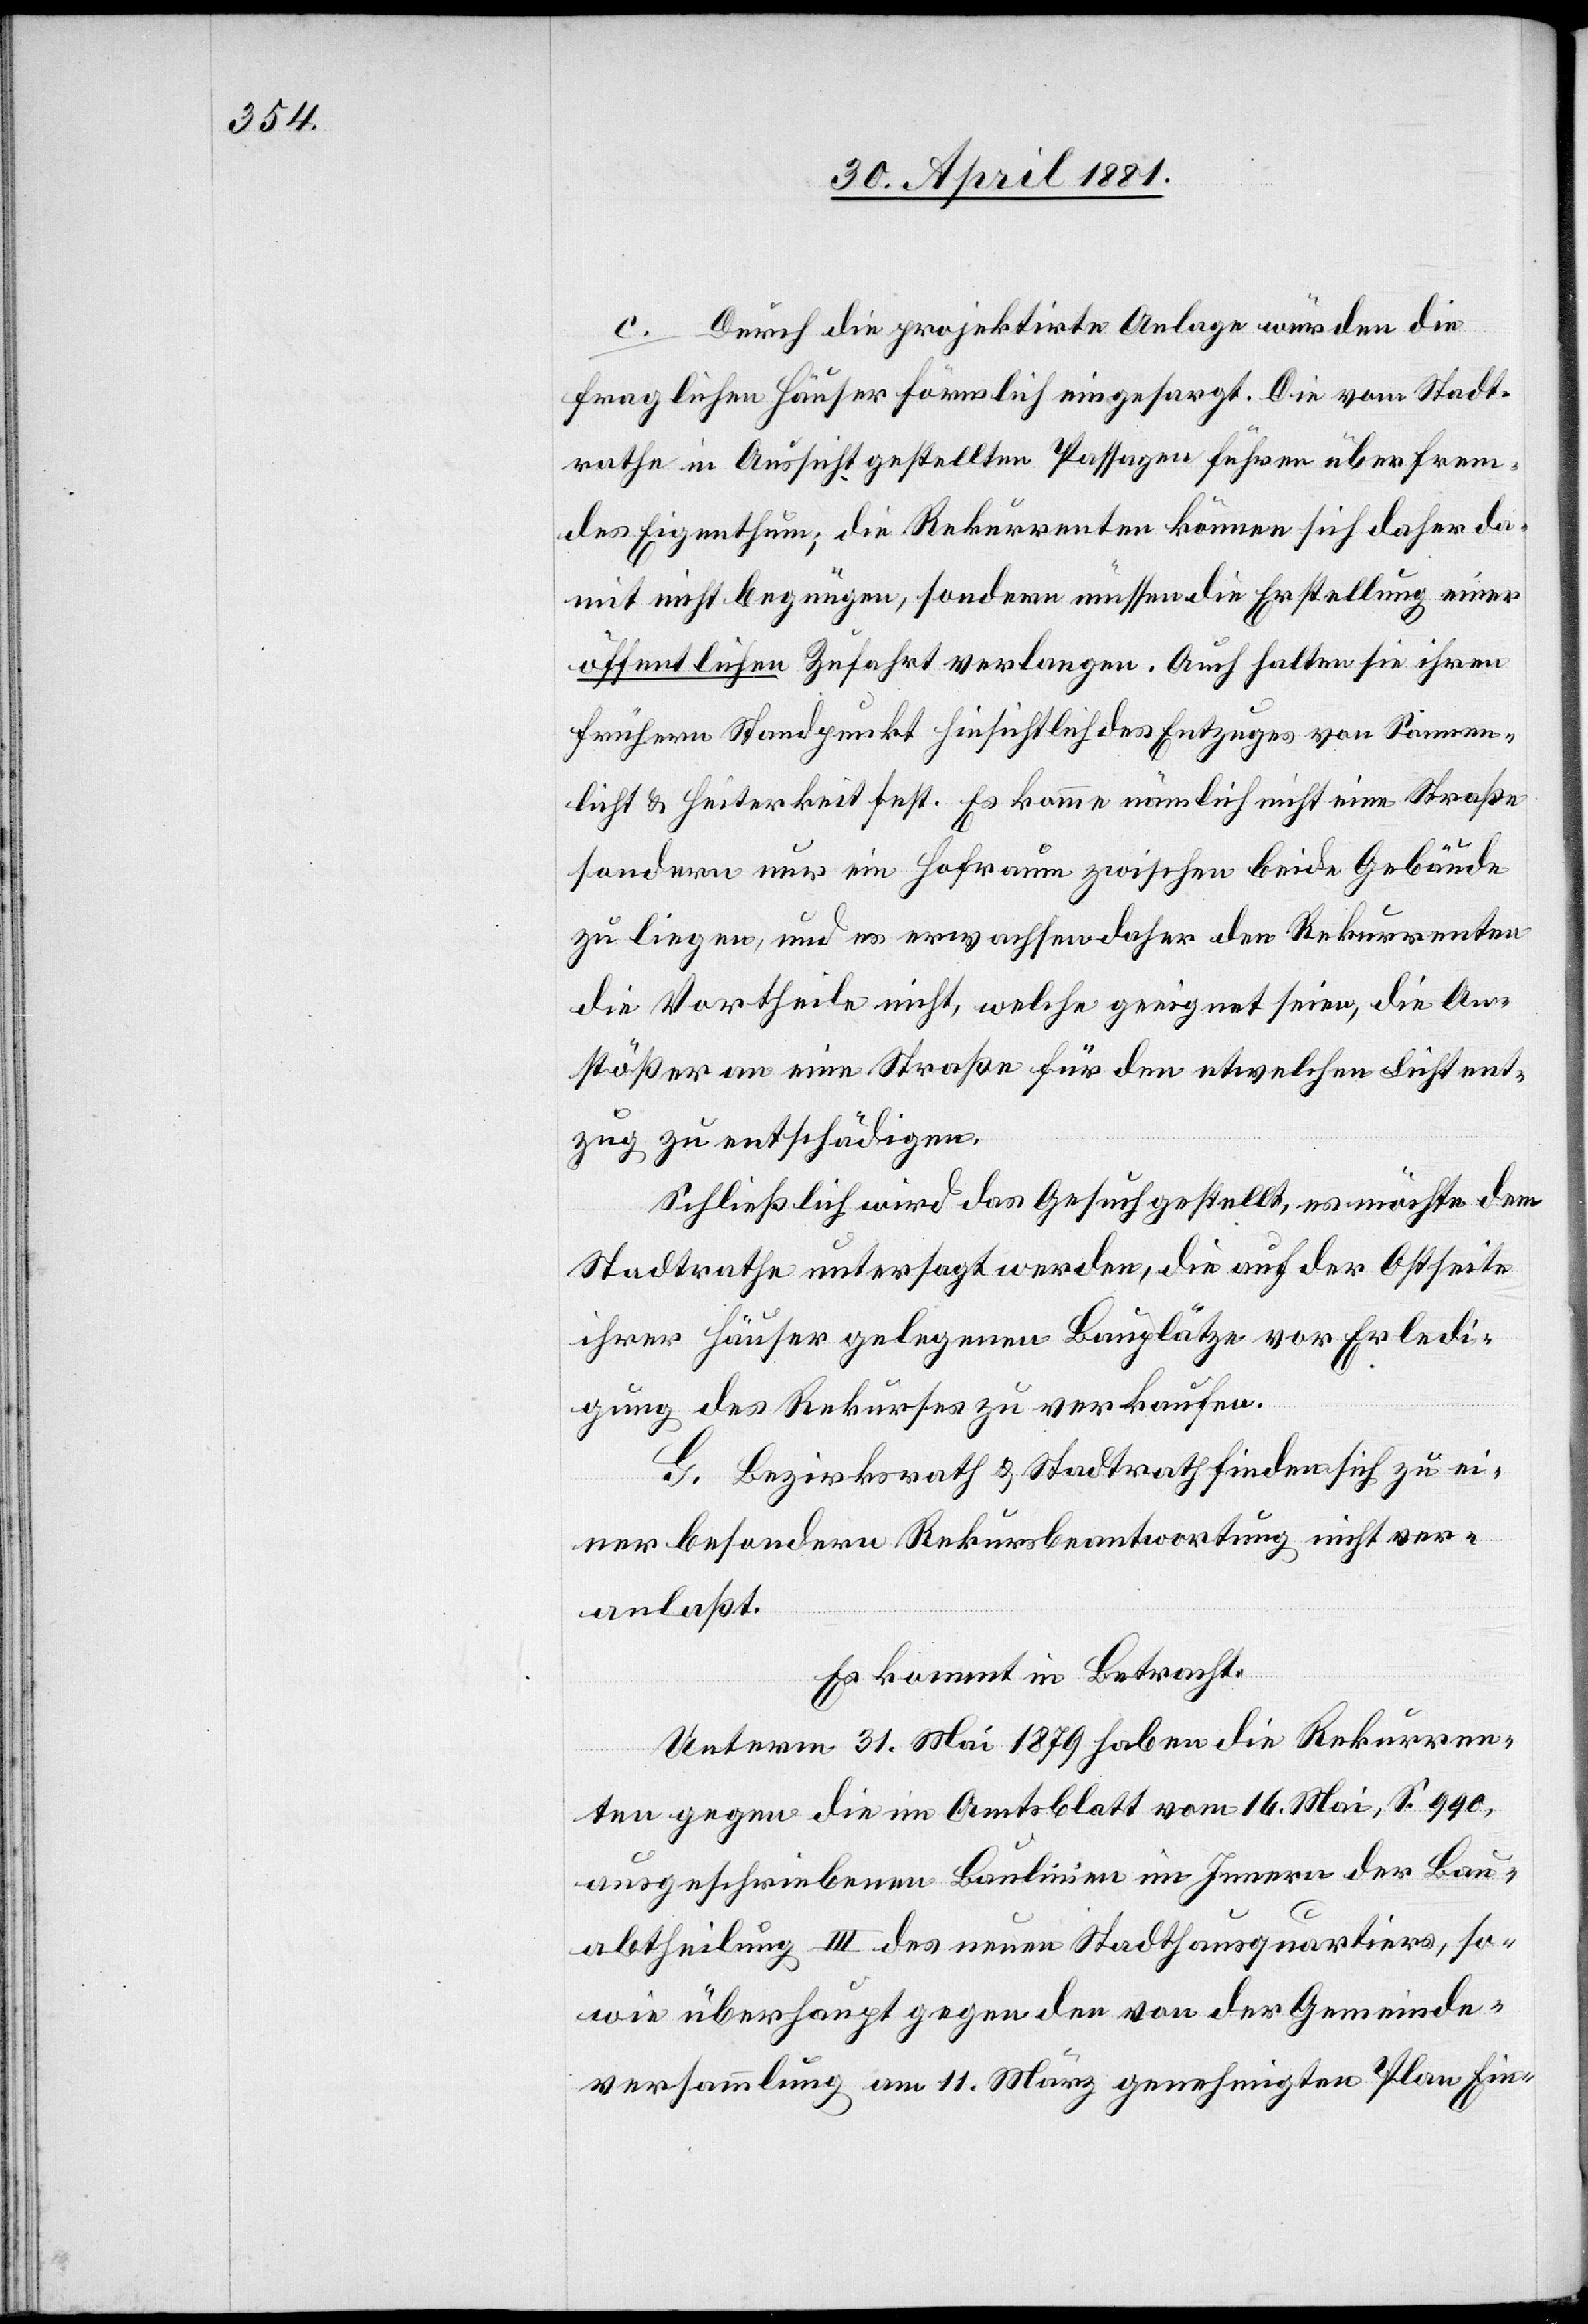
c. Durch die projektirte Anlage würden die
fraglichen Häuser förmlich eingesargt. Die vom Stadt¬
rath in Aussicht gestellten Passagen führen über frem¬
des Eigenthum; die Rekurrenten können sich daher da¬
mit nicht begnügen, sondern müssen die Erstellung einer
öffentlichen Zufahrt verlangen. Auch halten sie ihren
frühern Standpunkt hinsichtlich des Entzuges von Sonnen¬
licht & Heiterkeit fest. Es komme nämlich nicht eine Straße
sondern nur ein Hofraum zwischen beide Gebäude
zu liegen, und es erwachsen daher den Rekurrenten
die Vortheile nicht, welche geeignet seien, die An¬
stößer an eine Straße für den etwelchen Lichtent¬
zug zu entschädigen.
Schließlich wird das Gesuch gestellt, es möchte dem
Stadtrath untersagt werden, die auf der Ostseite
ihrer Häuser gelegenen Bauplätze vor Erledi¬
gung des Rekurses zu verkaufen.
G. Bezirksrath & Stadtrath finden sich zu ei¬
ner besondern Rekursbeantwortung nicht ver¬
anlaßt.
Es kommt in Betracht:
Unterm 31. Mai 1879 haben die Rekurren¬
ten gegen die im Amtsblatt vom 16. Mai, S. 990,
ausgeschriebenen Baulinien im Innern der Bau¬
abtheilung III des neuen Stadthausquartiers, so¬
wie überhaupt gegen den von der Gemeinde¬
versammlung am 11. März genehmigten Plan Ein-